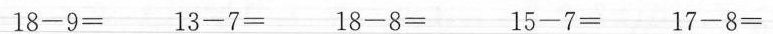
18-9= 13-7= 18-8= 15-7= 17-8=